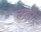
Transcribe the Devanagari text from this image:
लड़ौं